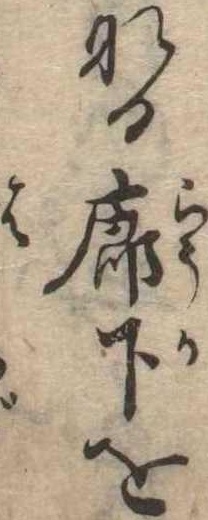
なる廊下を